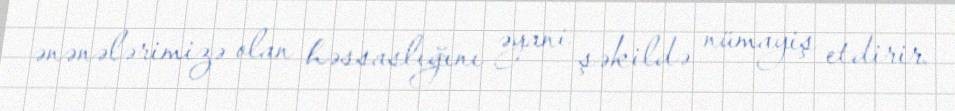
ənənələrimizə olan həssaslığını əyani şəkildə nümayiş etdirir.